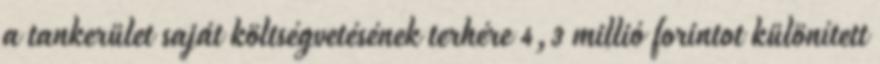
a tankerület saját költségvetésének terhére 4,3 millió forintot különített